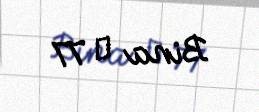
Bina № 77